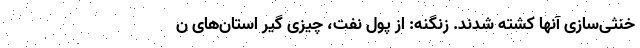
خنثی‌سازی آنها کشته شدند. زنگنه: از پول نفت، چیزی گیر استان‌های ن